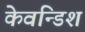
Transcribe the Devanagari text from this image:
केवन्डिश